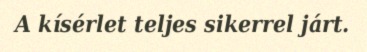
A kísérlet teljes sikerrel járt.